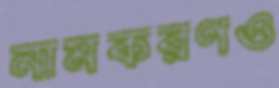
নামকরণও